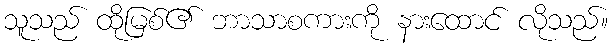
သူသည် ထိုမြစ်၏ ဘာသာစကားကို နားထောင် လိုသည်။